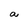
Character: a